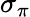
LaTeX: \sigma_{\pi}